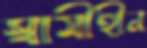
স্বামীহীন